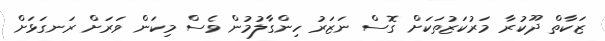
ޒަކާތް ދޫކުރާ މަރުކަޒުތަކަށް ގޮސް ނަޒަރު ހިންގާލުމުން ވެސް މިކަން ވަރަށް ރަނގަޅަށް